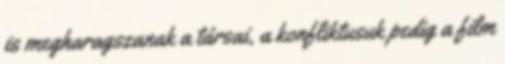
is megharagszanak a társai, a konfliktusuk pedig a film